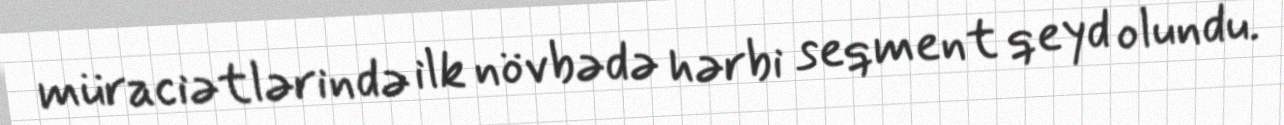
müraciətlərində ilk növbədə hərbi seqment qeyd olundu.